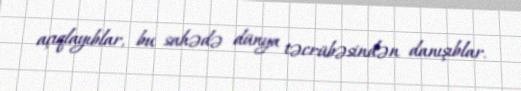
açıqlayıblar, bu sahədə dünya təcrübəsindən danışıblar.